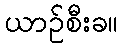
ယာဉ်စီးခ။